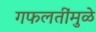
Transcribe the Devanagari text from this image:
गफलतींमुळे